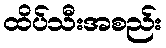
ထိပ်သီးအစည်း